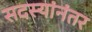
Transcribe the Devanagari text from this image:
सदस्यांनंतर